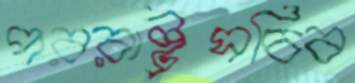
পররাষ্ট্রসচিব